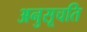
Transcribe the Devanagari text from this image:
अनुसूचति